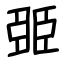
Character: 臦